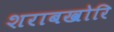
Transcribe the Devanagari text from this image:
शराबखोरि